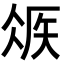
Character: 𥏂